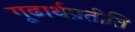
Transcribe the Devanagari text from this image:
गूढार्थप्रतीति